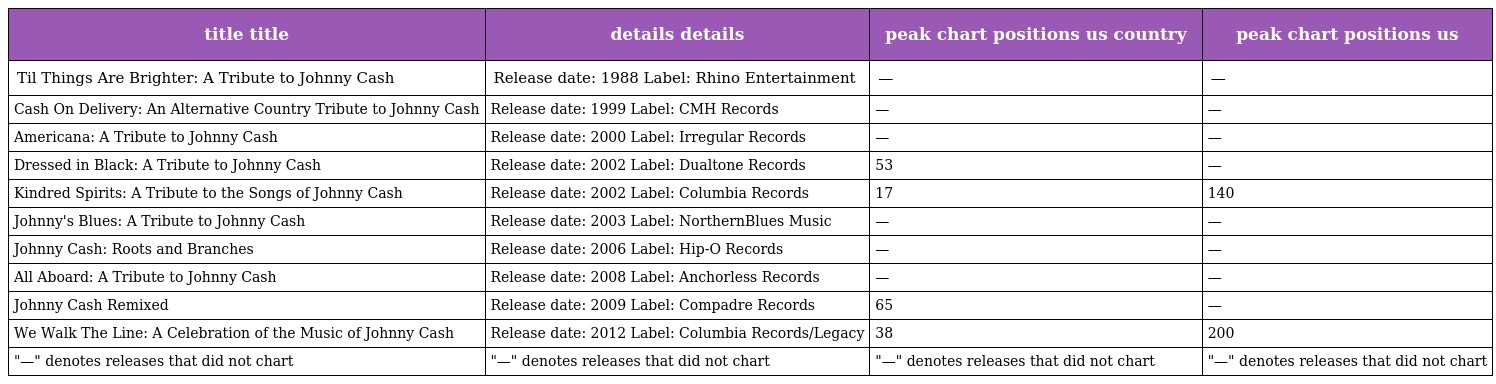
| title title | details details | peak chart positions us country | peak chart positions us |
 | --- | --- | --- | --- |
 | Til Things Are Brighter: A Tribute to Johnny Cash | Release date: 1988 Label: Rhino Entertainment | — | — |
 | Cash On Delivery: An Alternative Country Tribute to Johnny Cash | Release date: 1999 Label: CMH Records | — | — |
 | Americana: A Tribute to Johnny Cash | Release date: 2000 Label: Irregular Records | — | — |
 | Dressed in Black: A Tribute to Johnny Cash | Release date: 2002 Label: Dualtone Records | 53 | — |
 | Kindred Spirits: A Tribute to the Songs of Johnny Cash | Release date: 2002 Label: Columbia Records | 17 | 140 |
 | Johnny's Blues: A Tribute to Johnny Cash | Release date: 2003 Label: NorthernBlues Music | — | — |
 | Johnny Cash: Roots and Branches | Release date: 2006 Label: Hip-O Records | — | — |
 | All Aboard: A Tribute to Johnny Cash | Release date: 2008 Label: Anchorless Records | — | — |
 | Johnny Cash Remixed | Release date: 2009 Label: Compadre Records | 65 | — |
 | We Walk The Line: A Celebration of the Music of Johnny Cash | Release date: 2012 Label: Columbia Records/Legacy | 38 | 200 |
 | "—" denotes releases that did not chart | "—" denotes releases that did not chart | "—" denotes releases that did not chart | "—" denotes releases that did not chart |